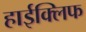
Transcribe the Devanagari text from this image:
हाईक्लिफ